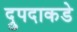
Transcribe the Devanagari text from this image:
द्रुपदाकडे